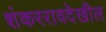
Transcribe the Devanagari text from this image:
शंकररावदेखील